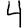
Digit: 4